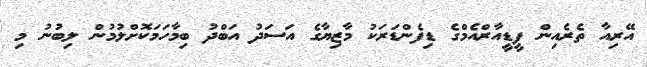
އޭރިއާ ތެރެއިން ޕީޑީއާރްއެމްގެ ޑިފެންޑަރަކު މާޒިޔާގެ އަސަދު އަބްދު ބިމާހަމަކޮށްލުމުން ލިބުނު މި